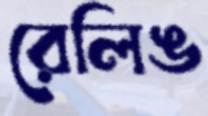
রেলিঙ